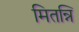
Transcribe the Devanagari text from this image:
मितन्नि